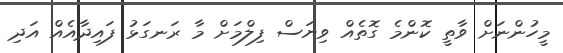
މީހުންނަށް ވާތީ ކޮންމެ ގޮތެއް ވިޔަސް ފިލްމަށް މާ ރަނގަޅު ފައިދާއެއް އަދި